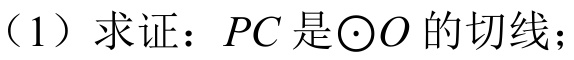
（1）求证：\(PC\) 是\(\odot O\) 的切线；